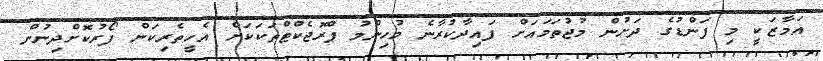
އަމާޒަކީ މި ފަންޑުގެ ދަށުން މުޖުތަމައަށް ފައިދާކުރާނެ މުހިންމު ޕްރޮޖެކްޓްތަކަކަށް އެހީތެރިކަން ފޯރުކޮށްދިނުން